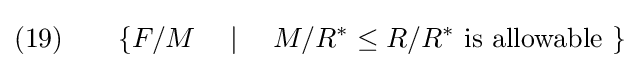
(19)\qquad \lbrace F/M\quad \mid \quad M/R^{\ast }\leq R/R^{\ast }{\text{ is allowable }}\rbrace